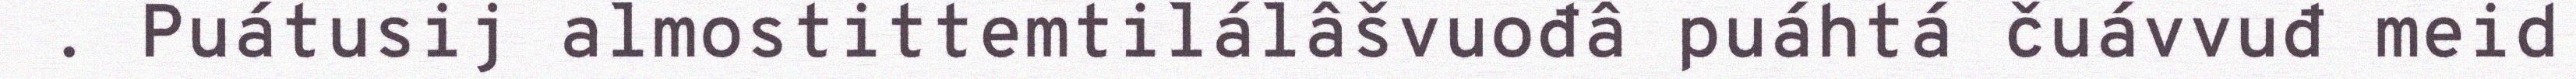
. Puátusij almostittemtilálâšvuođâ puáhtá čuávvuđ meid